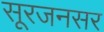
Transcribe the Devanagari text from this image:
सूरजनसर